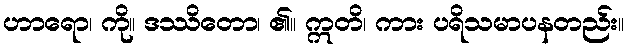
ဟာရော၊ ကို။ ဒဿိတော၊ ၏။ ဣတိ၊ ကား ပရိသမာပနတည်း။